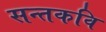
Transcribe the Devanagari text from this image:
सन्तकवि